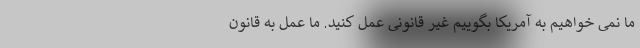
ما نمی خواهیم به آمریکا بگوییم غیر قانونی عمل کنید. ما عمل به قانون